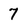
Character: 7